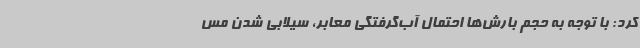
کرد: با توجه به حجم بارش‌ها احتمال آب‌گرفتگی معابر، سیلابی شدن مس